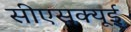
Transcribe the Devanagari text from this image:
सीएसक्यूई